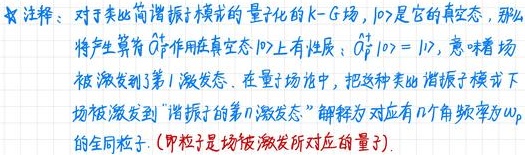
% 注释：对于类简谐振子模式的量子化的K - G场，$|0\rangle$是它的真空态，那么
将产生算符$\hat{a}_{p}^{\dagger}$作用在真空态$|0\rangle$上有性质：$\hat{a}_{p}^{\dagger}|0\rangle = |1\rangle$，意味着场
被激发到了第1激发态. 在量子场论中，把这种类简谐振子模式下
场被激发到“谐振子的第$n$激发态”解释为对应有$n$个角频率为$\omega_{p}$
的全同粒子. (即粒子是场被激发所对应的量子).